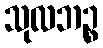
သုလဘဉ္စ